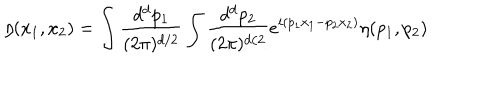
\eta ( x _ { 1 } , x _ { 2 } ) = \int { \frac { d ^ { d } p _ { 1 } } { ( 2 \pi ) ^ { d / 2 } } } \int { \frac { d ^ { d } p _ { 2 } } { ( 2 \pi ) ^ { d / 2 } } } e ^ { i ( p _ { 1 } x _ { 1 } - p _ { 2 } x _ { 2 } ) } \eta ( p _ { 1 } , p _ { 2 } )